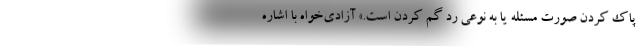
پاک کردن صورت مسئله یا به نوعی رد گم کردن است.» آزادی‌خواه با اشاره